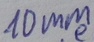
Text: 1Dmm